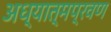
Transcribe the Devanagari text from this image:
अध्यात्मप्रवण